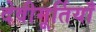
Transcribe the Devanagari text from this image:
देवीमूर्तियाँ